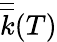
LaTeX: \overline{{\overline{{k}}}}(T)